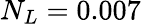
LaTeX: N_{L}=0.007